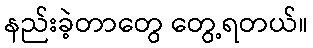
နည်းခဲ့တာတွေ တွေ့ရတယ်။